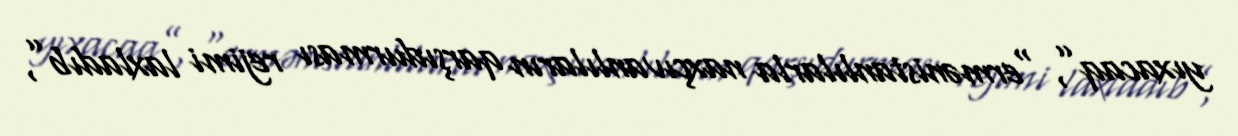
yıxacaq”, “ermənistanlılarla naxçıvanlıların qarşıdurması rejimi laxladıb”,